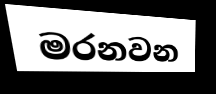
මරනවන